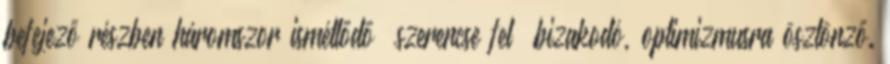
befejező részben háromszor ismétlődő „szerencse fel” bizakodó, optimizmusra ösztönző.